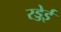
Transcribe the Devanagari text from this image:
रड्डेई